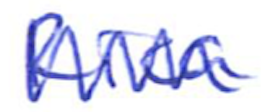
Text: Rica
Cross-out: zig-zag
Writing tool: ballpoint